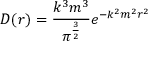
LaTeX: D ( r ) = { \frac { k ^ { 3 } m ^ { 3 } } { \pi ^ { \frac { 3 } { 2 } } } } e ^ { - k ^ { 2 } m ^ { 2 } r ^ { 2 } }